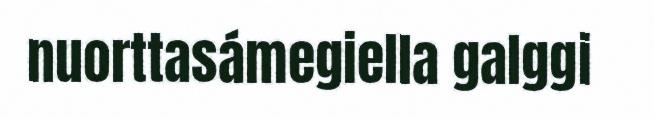
nuorttasámegiella galggi